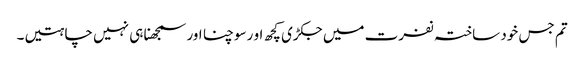
تم جس خود ساختہ نفرت میں جکڑی کچھ او رسوچنا اور سمجھنا ہی نہیں چاہتیں۔